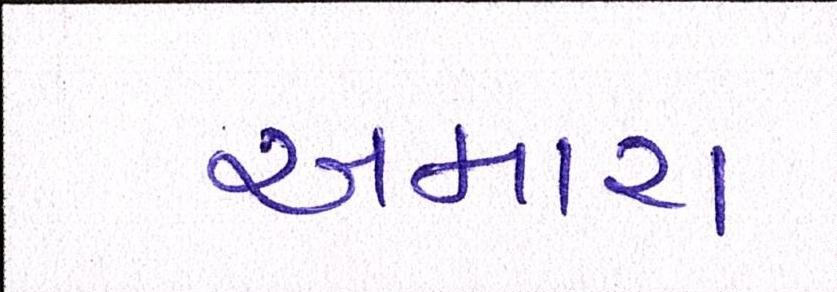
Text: અમારા